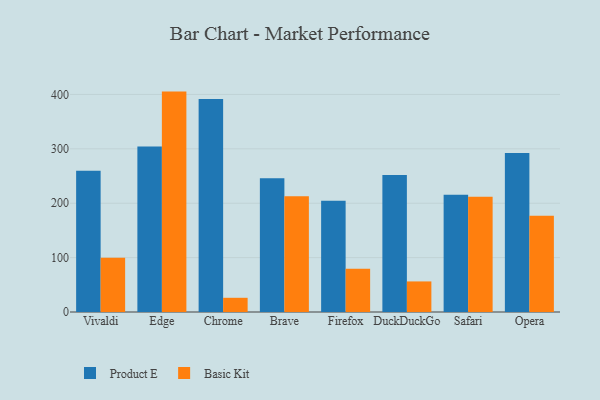
{"axis": {"x": "Browser", "y": "Operating Costs (USD K)"}, "legend": ["Basic Kit", "Product E"], "data": [{"x": "Vivaldi", "y": 259.9, "type": "Product E"}, {"x": "Vivaldi", "y": 99.6, "type": "Basic Kit"}, {"x": "Edge", "y": 304.4, "type": "Product E"}, {"x": "Edge", "y": 405.2, "type": "Basic Kit"}, {"x": "Chrome", "y": 391.8, "type": "Product E"}, {"x": "Chrome", "y": 26.1, "type": "Basic Kit"}, {"x": "Brave", "y": 246.0, "type": "Product E"}, {"x": "Brave", "y": 212.9, "type": "Basic Kit"}, {"x": "Firefox", "y": 204.6, "type": "Product E"}, {"x": "Firefox", "y": 79.5, "type": "Basic Kit"}, {"x": "DuckDuckGo", "y": 252.1, "type": "Product E"}, {"x": "DuckDuckGo", "y": 56.2, "type": "Basic Kit"}, {"x": "Safari", "y": 215.5, "type": "Product E"}, {"x": "Safari", "y": 211.7, "type": "Basic Kit"}, {"x": "Opera", "y": 292.5, "type": "Product E"}, {"x": "Opera", "y": 177.0, "type": "Basic Kit"}]}